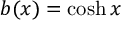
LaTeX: b ( x ) = \cosh x